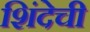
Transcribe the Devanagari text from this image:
शिंदेची